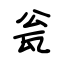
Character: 瓮